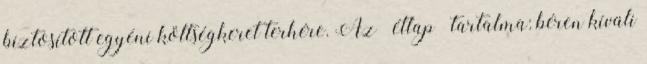
biztosított egyéni költségkeret terhére. Az „étlap” tartalma: béren kívüli